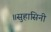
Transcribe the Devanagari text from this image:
॥सुहासिनी